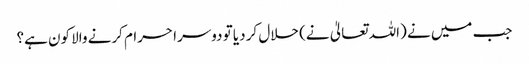
جب میں نے (اللہ تعالیٰ نے) حلال کر دیا تو دوسرا حرام کرنے والا کون ہے؟